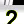
Digit: 2